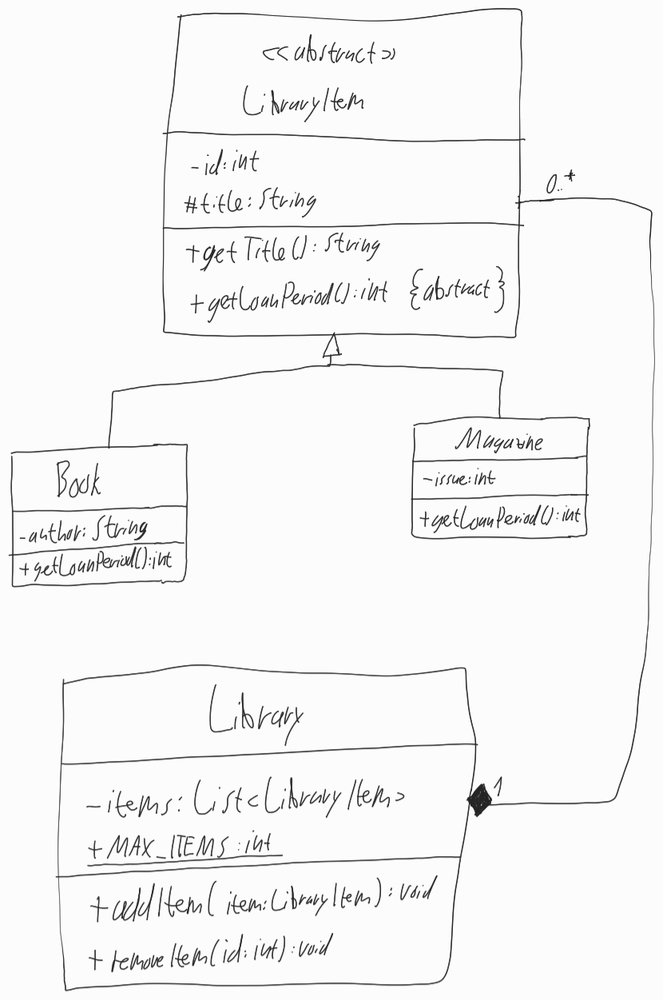
Diagram type: class_diagram
```plantuml
@startuml

abstract LibraryItem {
  - id: int
  # title: String
  + getTitle(): String
  + {abstract} getLoanPeriod(): int
}

class Book extends LibraryItem {
  - author: String
  + getLoanPeriod(): int
}

class Magazine extends LibraryItem {
  - issue: int
  + getLoanPeriod(): int
}

class Library {
  - items: List<LibraryItem>
  + {static} MAX_ITEMS: int
  + addItem(item: LibraryItem): void
  + removeItem(id: int): void
}

Library"1" *-- "0..*" LibraryItem

@enduml
```